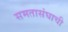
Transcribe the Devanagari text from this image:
समतासंघाची